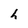
Character: h